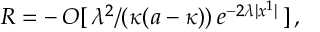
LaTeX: \: R = - \, O [ \, \lambda ^ { 2 } / ( \kappa ( a - \kappa ) ) \, e ^ { - 2 \lambda | x ^ { 1 } | } \, ] \, , \: